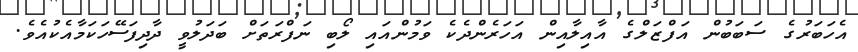
އެހަބަރުގެ ސަބަބުން އަފްޒަލްގެ އާއިލާއިން އަހަރެންދެކެ ވަމުންއައި ލޯބި ނަފްރަތަށް ބަދަލުވީ ދާދިފަސޭހަކަމާއެކުއެވެ.